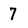
Character: 7